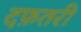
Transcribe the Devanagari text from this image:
दफ़तरी